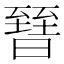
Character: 㬜